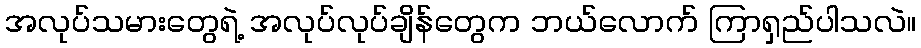
အလုပ်သမားတွေရဲ့ အလုပ်လုပ်ချိန်တွေက ဘယ်လောက် ကြာရှည်ပါသလဲ။